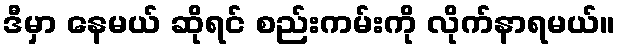
ဒီမှာ နေမယ် ဆိုရင် စည်းကမ်းကို လိုက်နာရမယ်။